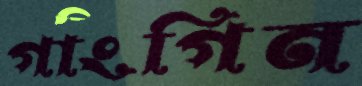
গাংগিন